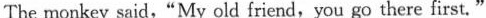
The monkey said,"My old friend, you go there first."